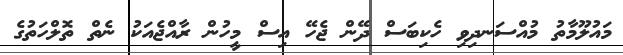
މައުލޫމާތު މުއްސަނދިވި ހެކިބަސް ދޭން ޖެހޭ އިސް މީހުން ރާއްޖެއަކު ނެތް ތޮލްހަތުގެ